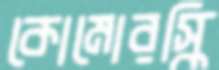
কোমোরস্কি